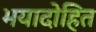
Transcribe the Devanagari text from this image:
भयादोहित